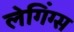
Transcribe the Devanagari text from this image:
लेगिंग्स